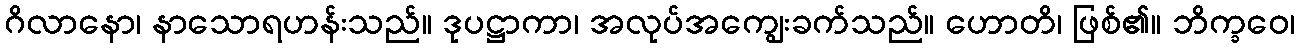
ဂိလာနော၊ နာသောရဟန်းသည်။ ဒုပဋ္ဌာကာ၊ အလုပ်အကျွေးခက်သည်။ ဟောတိ၊ ဖြစ်၏။ ဘိက္ခဝေ၊